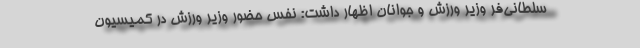
سلطانی‌فر وزیر ورزش و جوانان اظهار داشت: نفس حضور وزیر ورزش در کمیسیون